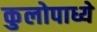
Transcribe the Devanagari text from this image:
कुलोपाध्ये